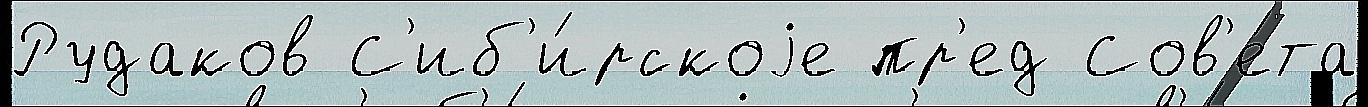
Рудаков С'иб'и́рскоjе пр'ед Сов'е́та